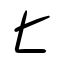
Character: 匕